Report on horse surra - Volume I
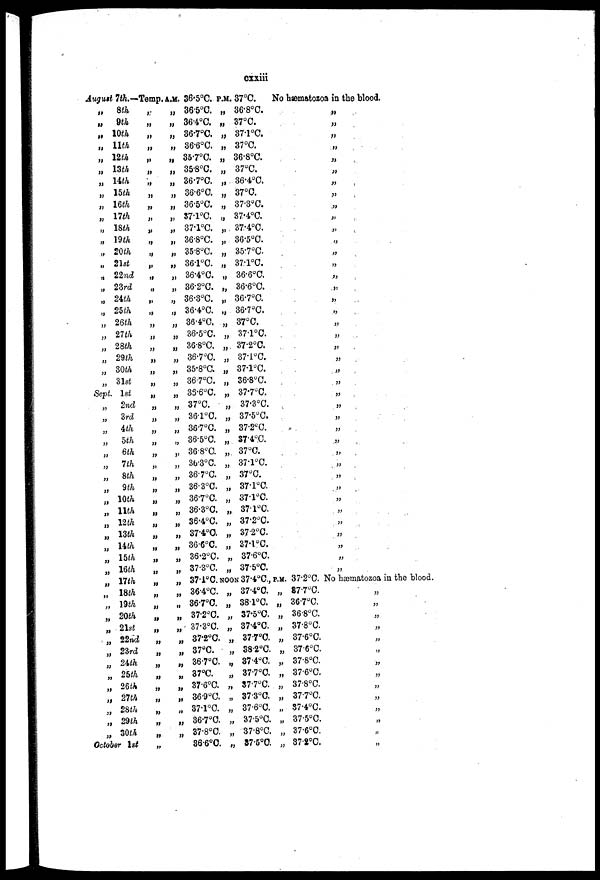
cxxiii
August 7th.—
„
„
„
„
„
„
„
„
„
„
„
„
„
„
„
„
„
„
„
„
„
„
„
„
Sepl
„
„
„
„
„
„
„
„
„
„
„
„
„
„
„
8th
9th
10th
11th
12th
13th
14th
15th
16th
17th
18th
19th
20th
21st
22nd
23rd
24th
25th
26th
27th
28th
29th
30th
31st
1st
2nd
3rd
4th
5th
6th
1th
8th
9 th
10th
11th
12th
13th
14th
15th
16th
Temp.
„
„
„
„
„
„
„
„
„
„
„
„
„
„
„
„
„
„
„
„
„
„
„
„
„
„
„
„
„
„
„
„
„
„
„
„
„
„
„
„
A.M.
„
„
„
„
„
„
„
„
„
„
„
„
„
„
„
„
„
„
„
„
„
„
„
„
„
„
„
„
„
„
„
„
„
„
„
„
„
„
„
„
36.5°C.
36.5°C.
36.4°C.
36.7°C.
36.6°C.
35.7°C.
35.8°C.
36.7°C.
36.6°C.
36.5°C.
37.1°C.
37.l°C.
36.8°C.
35.8°C.
36.1°C.
36.4°C.
36.2°C.
36.3°C.
36.4°C.
36.4°C.
36.5°C.
36.8°C.
36.7°C.
35.8°C.
36.7°C.
3S.6°C.
37°C.
36.l°C.
36.7°C.
36.5°C.
36.8°C.
36.3°C.
36.7°C.
36.3°C.
36.7°C.
36.3°C.
36.4°C.
37.4°C.
36.6°C.
36.2°C.
37.3°C.
P.M
„
„
„
„
„
„
„
„
„
„
„
„
„
„
„
„
„
„
„
„
„
„
„
„
„
„
„
„
„
„
„
„
„
„
„
„
„
„
„
„
. 37°C
36.8°C.
37°C.
37.l°C.
37°C.
36.8°C.
37°C.
36.4°C.
37°C.
37.3°C.
37.4°C.
37.4°C.
36.5°C.
35.7°C.
37.l°C.
36.6°C.
36.6°C.
36.7°C.
36.7°C.
37°C.
37.1°C.
37.2°C.
37.1°C.
37.1°C.
36.8°C.
37.7°C.
37.3°C.
37.5°C.
37.2°C.
S7.4°C.
37°C.
37.l°C.
37°C.
37.l°C.
371°C.
37.1°C.
37.2°C.
37.2°C.
37.l°C.
37.6°C.
37.5°C.
No hæmatozoa in the blood.
„
„
„
„
„
„
„
„
„
„
„
„
„
„
„
„
„
„
„
„
„
„
„
„
„
„
„
„
„
„
„
„
„
„
„
„
„
„
„
„
„
„
„
„
„
„
„
„
„
„
„
„
„
„
17th
18th
19th
20th
21st
22nd
23rd
24th
25th
26th
27th
28h
29th
30th
October 1st
„
„
„
„
„
„
„
„
„
„
„
„
„
„
„
„
„
„
„
„
„
„
„
„
„
„
„
„
„
37.l°C
36.4°C.
367°C.
37.2°C.
37.3°C.
37.2°C.
37°C.
36.7°C.
37°C.
37.6°C.
36.9°C.
37.l°C.
36.7°C.
37.8°C.
36.6°C.
NOON
„
„
„
„
„
„
„
„
„
„
„
„
„
„
37.4°C„
37.4°C.
38.1°C
37.5°C.
37.4°C.
37.7°C.
38.2°C.
37.4°C.
37.7°C.
37.7°C.
37.3°C.
37.6°C.
37.5°C.
37.8°C.
37.5°C
P.M.
„
„
„
„
„
„
„
„
„
„
„
„
„
„
37.2°C.
87.7°C.
36.7°C.
36.8°C.
37.8°C.
37.6°C.
37.6°C.
37.8°C.
37.6°C.
37.8°C.
37.7°C.
37.4°C.
37.5°C.
37.6°C.
37.2°C.
No hæmatozoa in the blood.
„
„
„
„
„
„
„
„
„
„
„
„
„
„